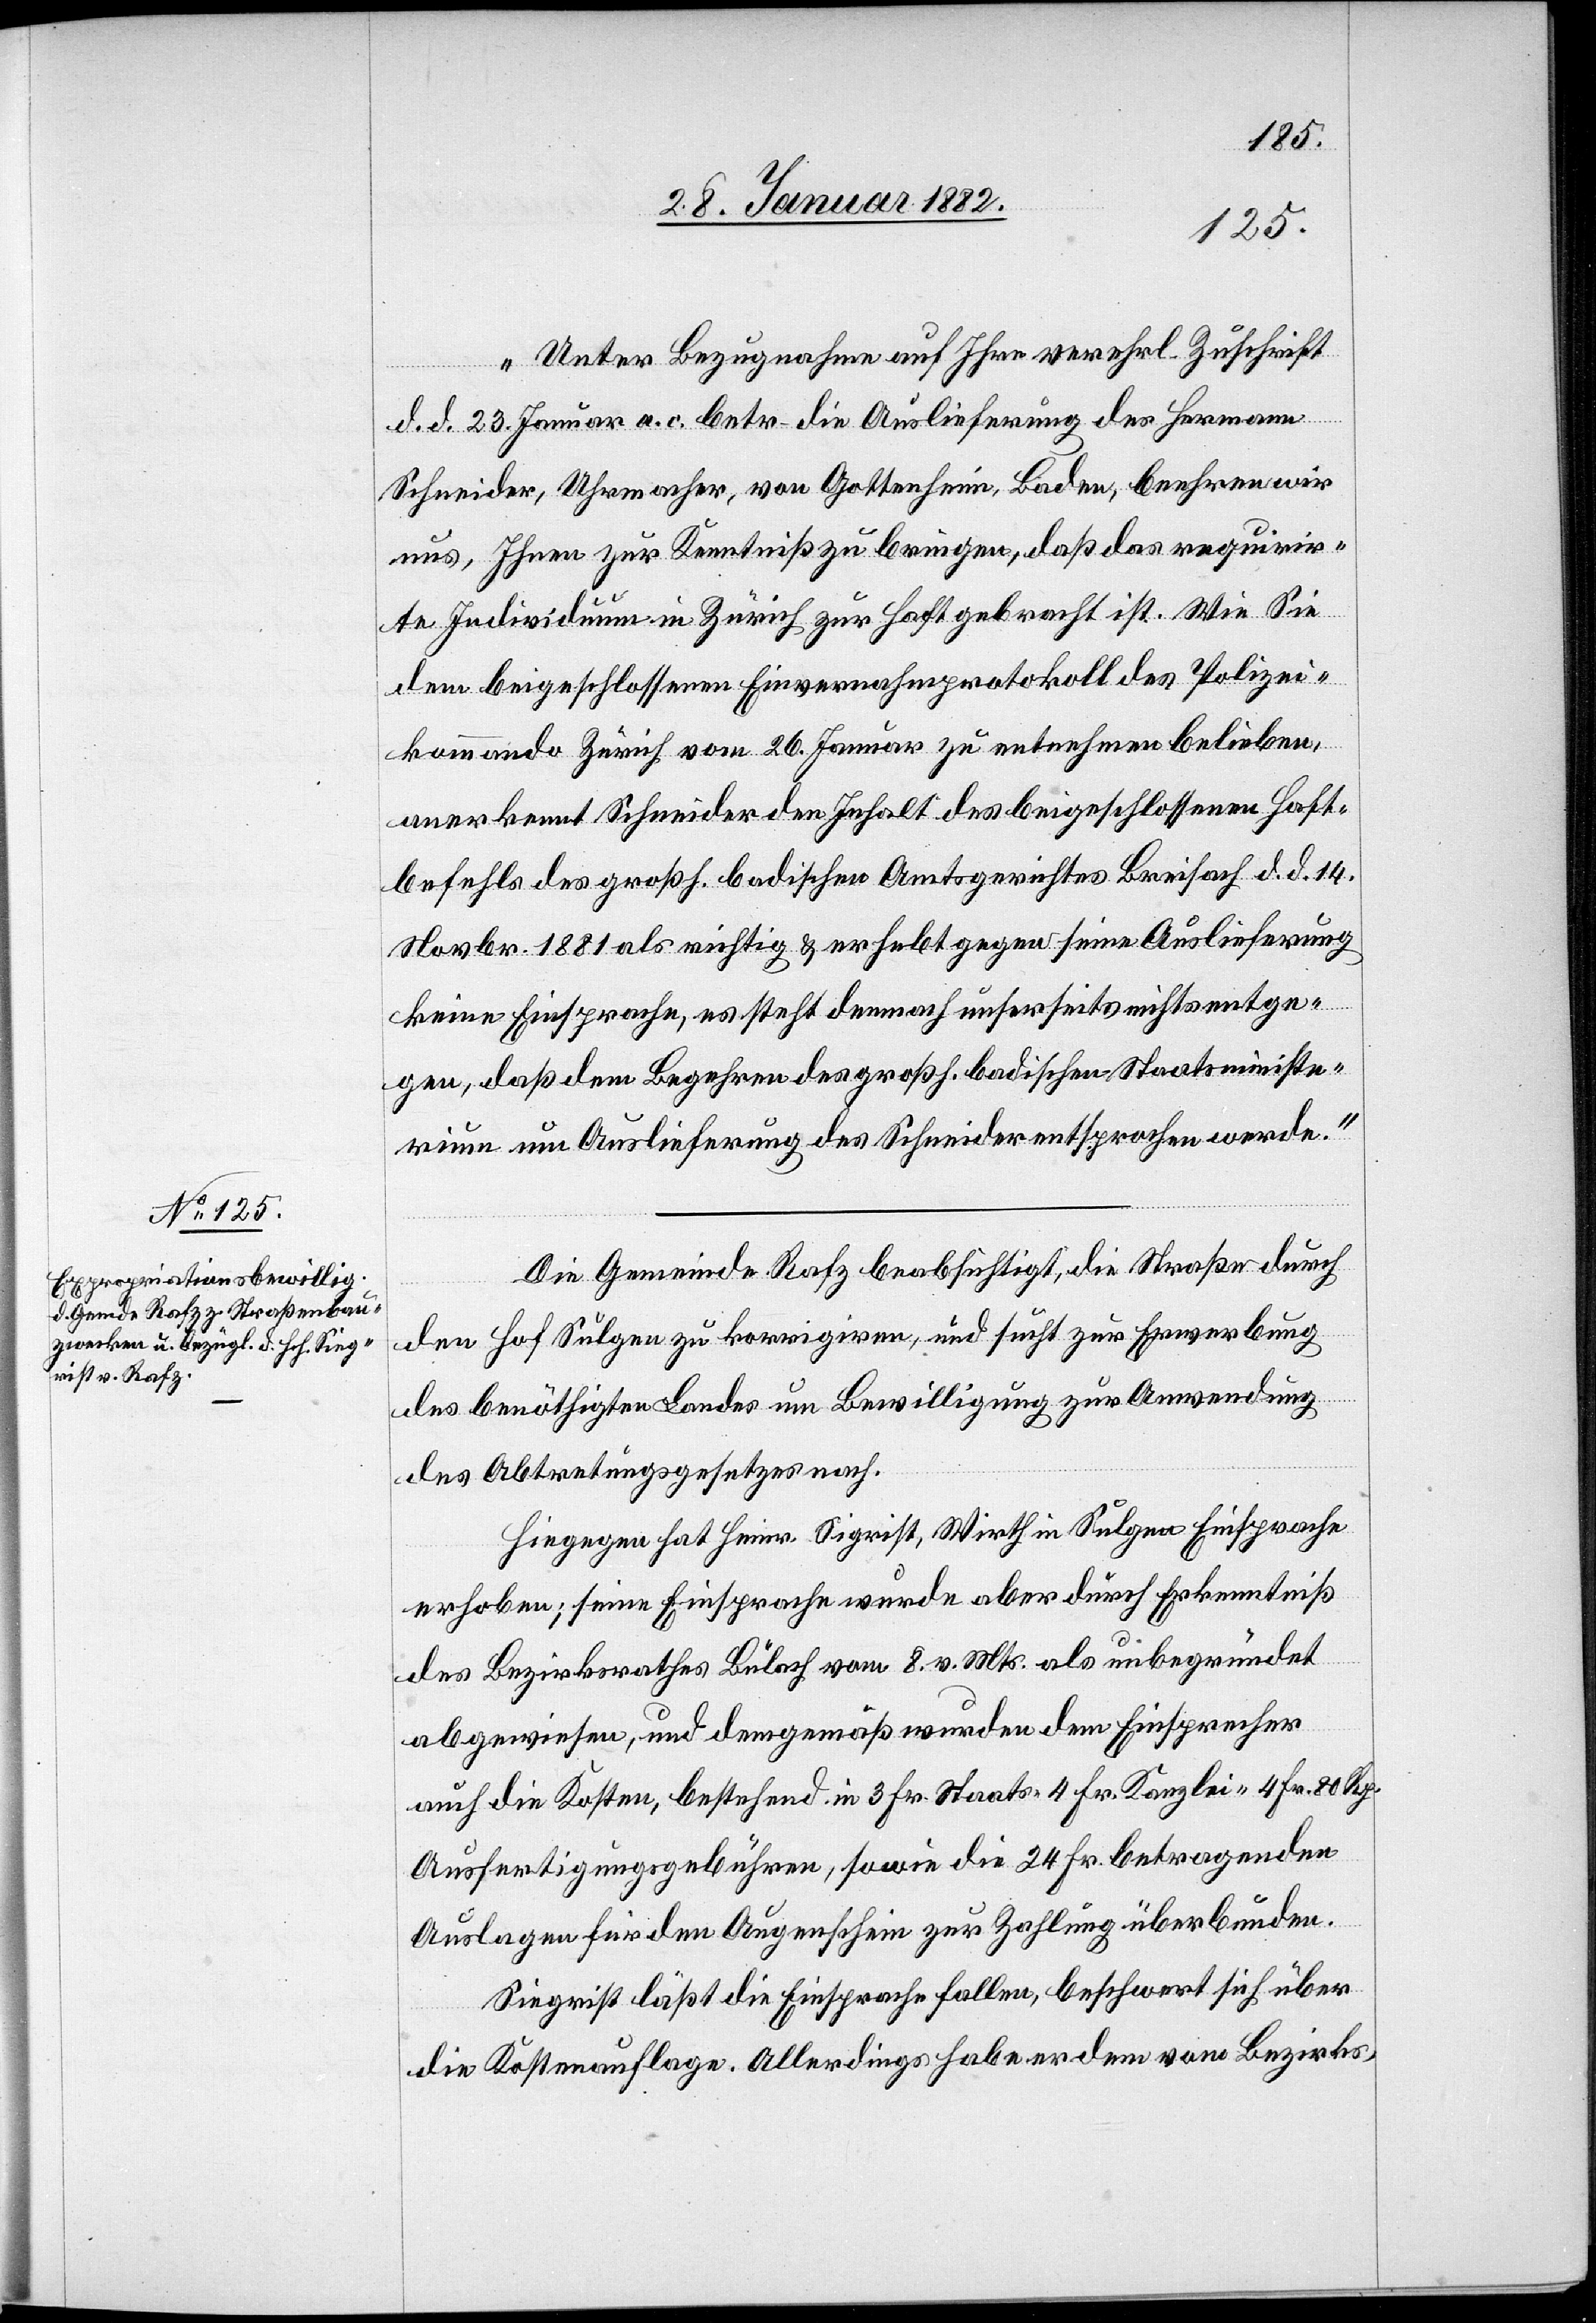
„Unter Bezugnahme auf Ihre verehrl. Zuschrift
d. d. 23. Januar a. c. betr. die Auslieferung des Hermann
Schneider, Uhrmacher, von Gottenheim, Baden, beehren wir
uns, Ihnen zur Kenntniß zu bringen, daß das requirir¬
te Individuum in Zürich zur Haft gebracht ist. Wie Sie
dem beigeschlossenem Einvernahmeprotokoll des Polizei¬
kommando Zürich vom 26. Januar zur entnehmen belieben,
anerkennt Schneider den Inhalt des beigeschlossenen Haft¬
befehls des großh. badischen Amtsgerichtes Breisach d. d. 14.
Novbr. 1881 als richtig & erhebt gegen seine Auslieferung
keine Einsprache, es steht demnach unserseits nichts entge¬
gen, daß dem Begehren des großh. badischen Staatsministe¬
rium um Auslieferung des Schneider entsprochen werde.“
Die Gemeinde Rafz beabsichtigt, die Straße durch
den Hof Sulgen zu korrigieren, und sucht zur Erwerbung
des benöthigten Landes um Bewilligung zur Anwendung
des Abtretungsgesetzes nach.
Hingegen hat Herr Sigrist, Wirth in Sulgen Einsprache
erhoben; seine Einsprache wurde aber durch Erkenntniß
des Bezirksrathes Bülach vom 8. v. Mts. als unbegründet
abgewiesen, und demgemäß wurden dem Einsprecher
auch die Kosten, bestehend in 3 Fr. Staats-[,] 4 Fr. Kanzlei-[,] 4 Fr. 80 Rp.
Ausfertigungsgebühren, sowie die 42 Fr. betragenden
Auslagen für den Augenschein zur Zahlung überbunden,
Sigrist läßt die Einsprache fallen, beschwert sich über
die Kostenauflage. Allerdings habe er dem vom Bezirks-